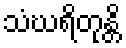
သံဃရိတုန္တိ